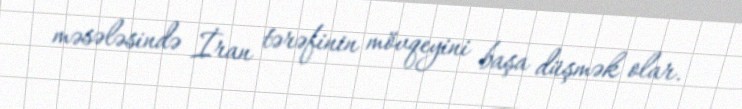
məsələsində İran tərəfinin mövqeyini başa düşmək olar.